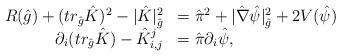
LaTeX: \begin{align*}\begin{array}{r l} R(\hat{g})+(tr_{\hat{g}}\hat{K})^2-|\hat{K}|^2_{\hat{g}} &= \hat{\pi}^2+|\hat{\nabla}\hat{\psi}|^2_{\hat{g}}+2V(\hat{\psi})\\\partial_i(tr_{\hat{g}} \hat{K})-\hat{K}_{i,j}^j&= \hat{\pi}\partial_i\hat{\psi},\end{array}\end{align*}